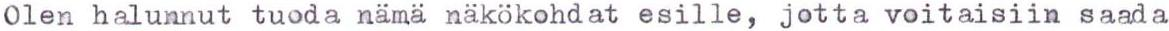
Olen halunnut tuoda nämä näkökohdat esille, jotta voitaisiin saada